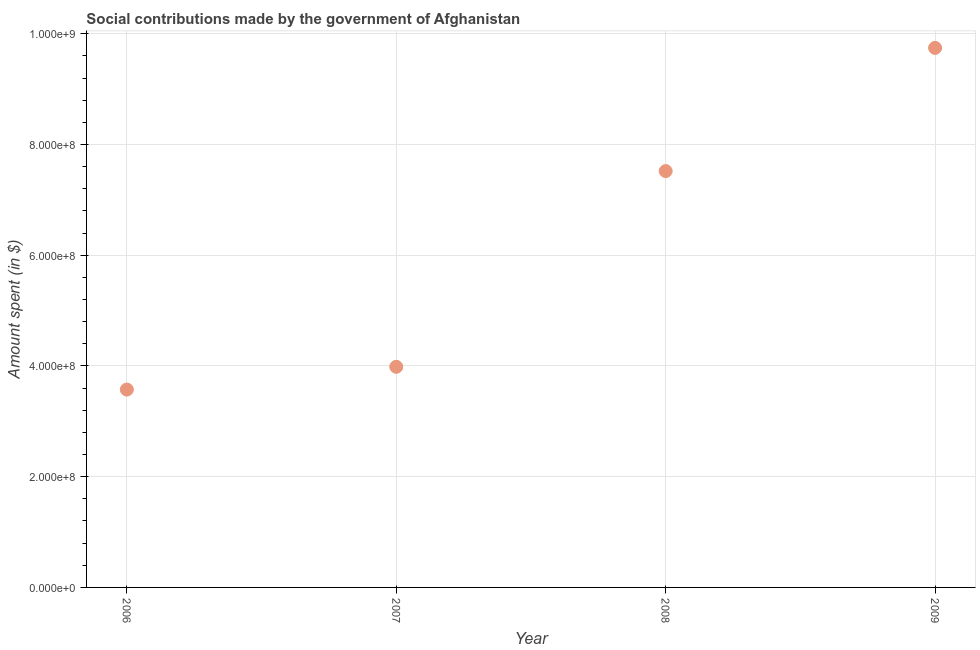
| Year | Social contributions |
 | --- | --- |
 | 2006 | 3.57e+08 |
 | 2007 | 3.98e+08 |
 | 2008 | 7.52e+08 |
 | 2009 | 9.74e+08 |